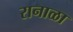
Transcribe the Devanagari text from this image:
रानाळा